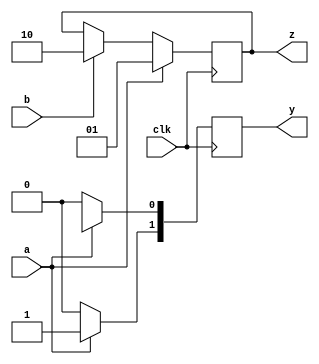
`timescale 1ns / 1ps
//////////////////////////////////////////////////////////////////////////////////
// Company: 
// Engineer: 
// 
// Design Name: 
// Module Name:    Problem8 
// Project Name: 
// Target Devices: 
// Tool versions: 
// Description: 
//
// Dependencies: 
//
// Revision: 
// Revision 0.01 - File Created
// Additional Comments: 
//
//////////////////////////////////////////////////////////////////////////////////
module Problem8(
	y, z, a, b, clk);
input a, b, clk; //Assign input and output values
output reg [1:0] y, z;

always@ (posedge clk) begin //When the positive edge of the clock comes...
	y <= 2'b00; //Set y to 00
	if (a == 1) begin //If a = 1
	y [1] <= 1'b1; //Assign 1x to y
	y [0] <= 1'bx;
	z <= 2'b01; //Assign 01 to z
	end else if (b == 1) begin //If b = 1
	y [0] <= 1'b0; //Assign 00 to y
	y [1] <= 1'b0;
	z <= 2'b10; //Assign 10 to z
	end
end
endmodule